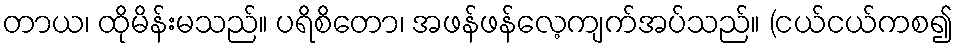
တာယ၊ ထိုမိန်းမသည်။ ပရိစိတော၊ အဖန်ဖန်လေ့ကျက်အပ်သည်။ (ငယ်ငယ်ကစ၍